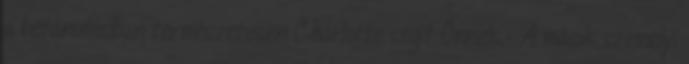
a betanulásban természetesen Charlotte segít Önnek.- A másik személyi